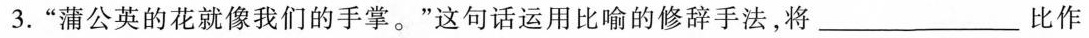
3.”蒲公英的花就像我们的手掌。”这句话运用比喻的修辞手法，将\underline比作